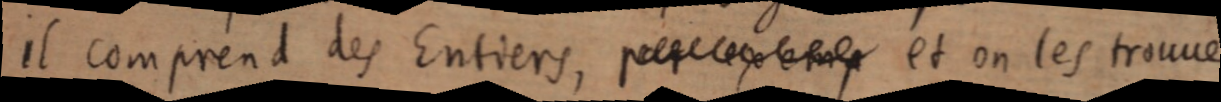
il comprend des Entiers, [pelec] et on les trouve